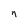
Character: n